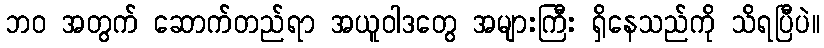
ဘဝ အတွက် ဆောက်တည်ရာ အယူဝါဒတွေ အများကြီး ရှိနေသည်ကို သိရပြီပဲ။